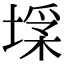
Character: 𡎽